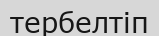
тербелтіп